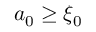
a _ { 0 } \geq \xi _ { 0 }